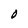
Character: O